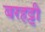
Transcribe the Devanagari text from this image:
बरहट्टी